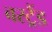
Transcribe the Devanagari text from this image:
बरट्रैंड